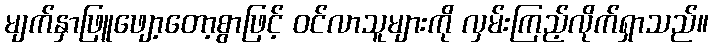
မျက်နှာဖြူဖျော့တော့စွာဖြင့် ဝင်လာသူများကို လှမ်းကြည့်လိုက်ရှာသည်။